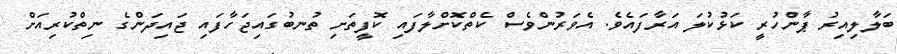
ބަލާލިއިރު ޕާންހުރީ ކަޅުކުލަ އަރާފައެވެ. އެވަރުންވެސް ކެތްކޮށްލާފައި ކޮފީތަށި ތުނބުގައިޖަހާފައި ޖައިދަންގެ ނިތްކުރިއަށް